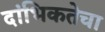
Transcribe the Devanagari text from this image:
दांभिकतेचा